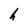
Character: h